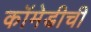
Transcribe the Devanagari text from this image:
कॉमेडीची